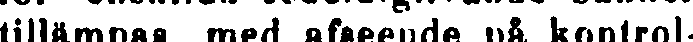
tillämpas med afseende på kontrol-